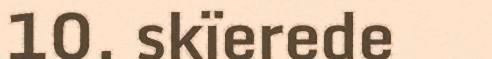
10. skïerede